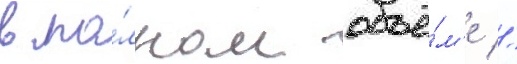
в по́лном объё́м'е //